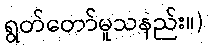
ရွတ်တော်မူသနည်း။)